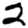
Digit: 2